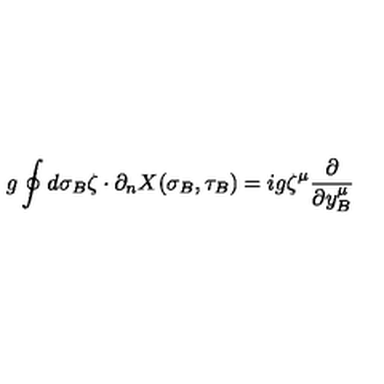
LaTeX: g \oint d \sigma _ { B } \zeta \cdot \partial _ { n } X ( \sigma _ { B } , \tau _ { B } ) = i g \zeta ^ { \mu } { \frac { \partial } { \partial y _ { B } ^ { \mu } } }